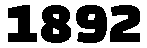
1892